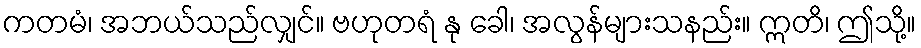
ကတမံ၊ အဘယ်သည်လျှင်။ ဗဟုတရံ နု ခေါ၊ အလွန်များသနည်း။ ဣတိ၊ ဤသို့။